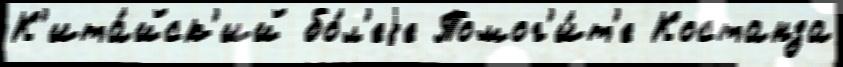
К'ита́йск'ий бо́л'еjе Помог'и́т'е Костанза